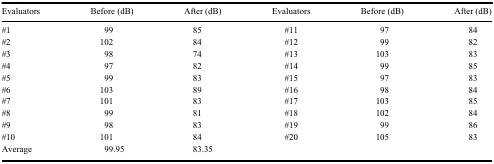
<table><thead><tr><td><b>Evaluators</b></td><td><b>Before (dB)</b></td><td><b>After (dB)</b></td><td><b>Evaluators</b></td><td><b>Before (dB)</b></td><td><b>After (dB)</b></td></tr></thead><tbody><tr><td>#1</td><td>99</td><td>85</td><td>#11</td><td> 97</td><td>84</td></tr><tr><td>#2</td><td>102</td><td>84</td><td>#12</td><td> 99</td><td>82</td></tr><tr><td>#3</td><td>98</td><td>74</td><td>#13</td><td>103</td><td>83</td></tr><tr><td>#4</td><td>97</td><td>82</td><td>#14</td><td> 99</td><td>85</td></tr><tr><td>#5</td><td>99</td><td>83</td><td>#15</td><td> 97</td><td>83</td></tr><tr><td>#6</td><td>103</td><td>89</td><td>#16</td><td> 98</td><td>84</td></tr><tr><td>#7</td><td>101</td><td>83</td><td>#17</td><td>103</td><td>85</td></tr><tr><td>#8</td><td>99</td><td>81</td><td>#18</td><td>102</td><td>84</td></tr><tr><td>#9</td><td>98</td><td>83</td><td>#19</td><td> 99</td><td>86</td></tr><tr><td>#10</td><td>101</td><td>84</td><td>#20</td><td>105</td><td>83</td></tr><tr><td>Average</td><td>99.95</td><td>83.35</td><td>[EMPTY_CELL]</td><td>[EMPTY_CELL]</td><td>[EMPTY_CELL]</td></tr></tbody></table>